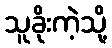
သူခိုးကဲ့သို့